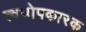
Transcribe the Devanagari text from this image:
त्वचोपकारक